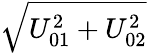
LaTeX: \sqrt{U_{01}^{2}+U_{02}^{2}}